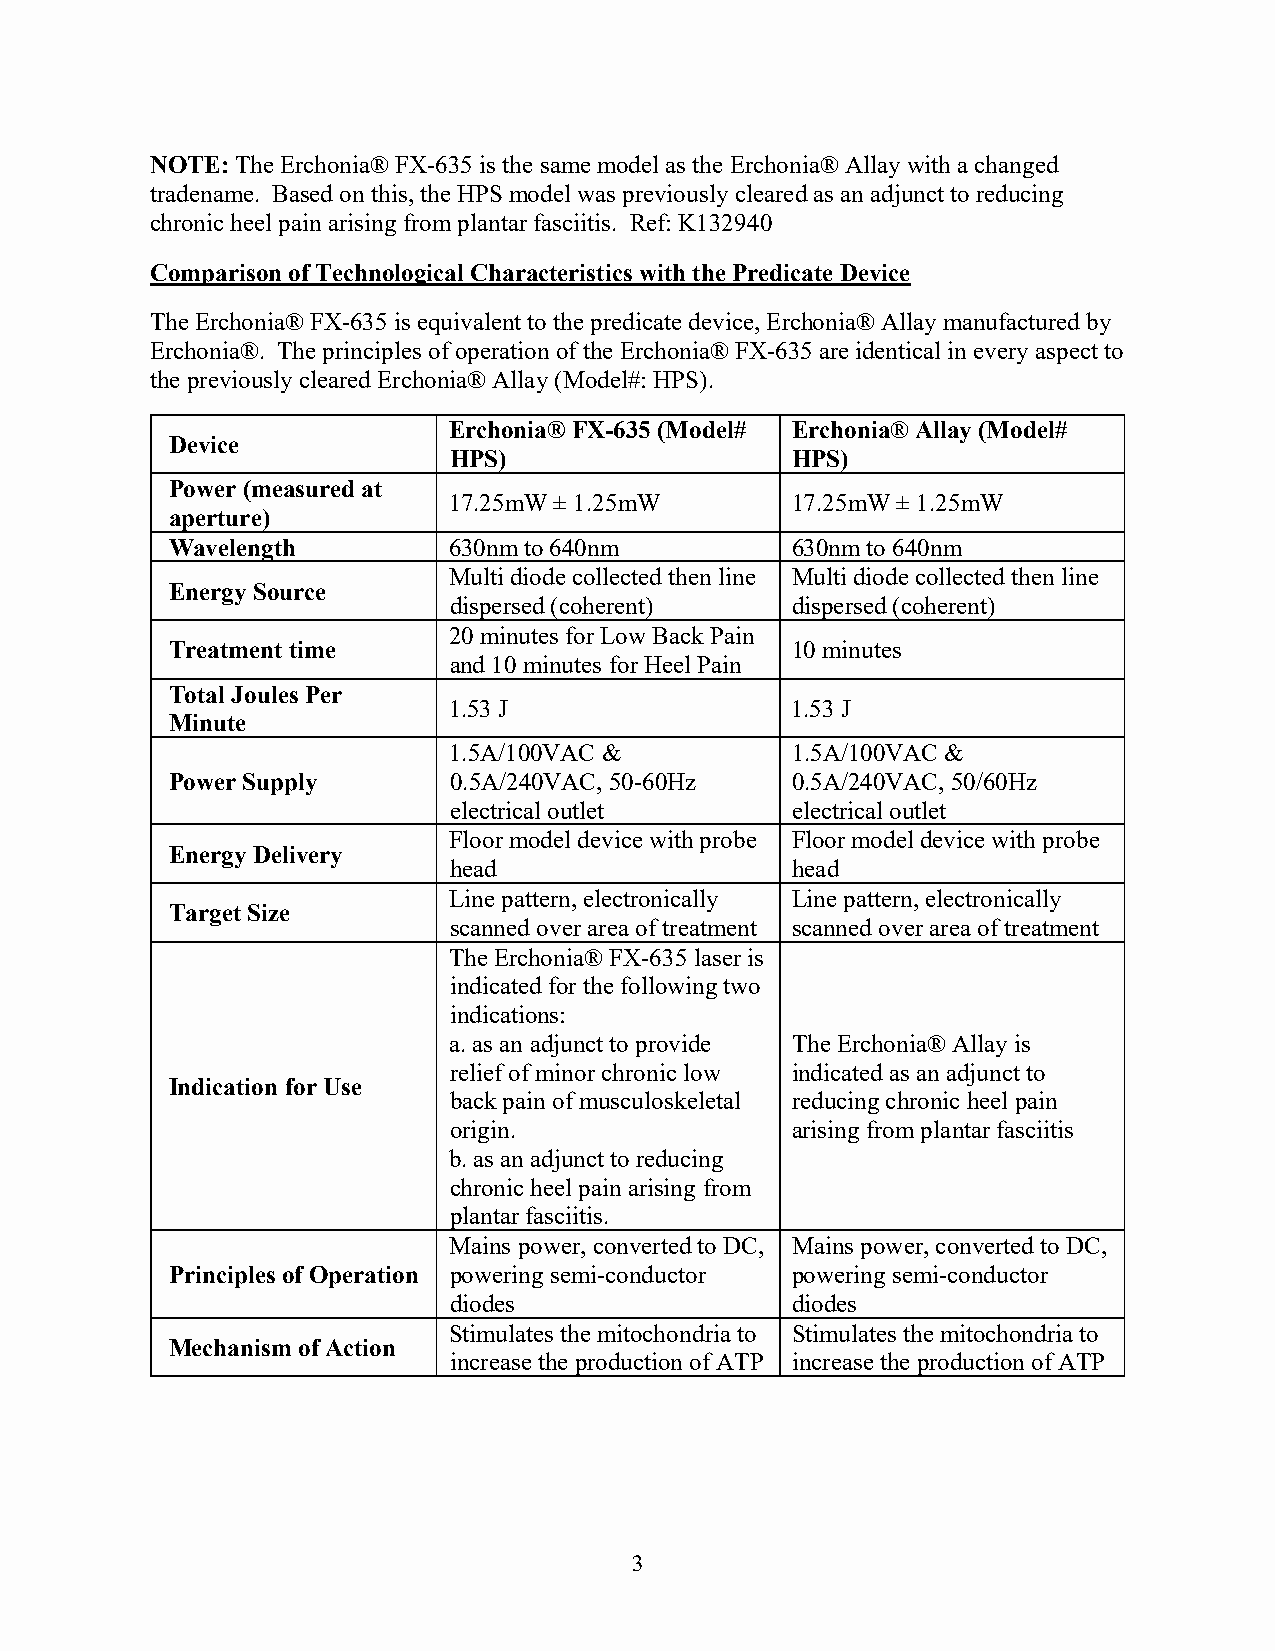
NOTE: The Erchonia® FX-635 is the same model as the Erchonia® Allay with a changed
 tradename. Based on this, the HPS model was previously cleared as an adjunct to reducing
 chronic heel pain arising from plantar fasciitis. Ref: K132940
 Comparison of Technological Characteristics with the Predicate Device
 The Erchonia® FX-635 is equivalent to the predicate device, Erchonia® Allay manufactured by
 Erchonia®. The principles of operation of the Erchonia® FX-635 are identical in every aspect to
 the previously cleared Erchonia® Allay (Model#: HPS).
 Erchonia® FX-635 (Model# Erchonia® Allay (Model#
 Device
 HPS)                  HPS)
 Power (measured at
 17.25mW ± 1.25mW      17.25mW ± 1.25mW
 aperture)
 Wavelength         630nm to 640nm        630nm to 640nm
 Multi diode collected then line Multi diode collected then line
 Energy Source
 dispersed (coherent)  dispersed (coherent)
 20 minutes for Low Back Pain
 Treatment time                           10 minutes
 and 10 minutes for Heel Pain
 Total Joules Per
 1.53 J                1.53 J
 Minute
 1.5A/100VAC &         1.5A/100VAC &
 Power Supply       0.5A/240VAC, 50-60Hz  0.5A/240VAC, 50/60Hz
 electrical outlet     electrical outlet
 Floor model device with probe Floor model device with probe
 Energy Delivery
 head                  head
 Line pattern, electronically Line pattern, electronically
 Target Size
 scanned over area of treatment scanned over area of treatment
 The Erchonia® FX-635 laser is
 indicated for the following two
 indications:
 a. as an adjunct to provide The Erchonia® Allay is
 relief of minor chronic low indicated as an adjunct to
 Indication for Use
 back pain of musculoskeletal reducing chronic heel pain
 origin.               arising from plantar fasciitis
 b. as an adjunct to reducing
 chronic heel pain arising from
 plantar fasciitis.
 Mains power, converted to DC, Mains power, converted to DC,
 Principles of Operation powering semi-conductor powering semi-conductor
 diodes                diodes
 Stimulates the mitochondria to Stimulates the mitochondria to
 Mechanism of Action
 increase the production of ATP increase the production of ATP
 3